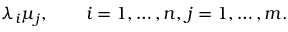
\lambda _ { i } \mu _ { j } , \qquad i = 1 , \ldots , n , \, j = 1 , \ldots , m .